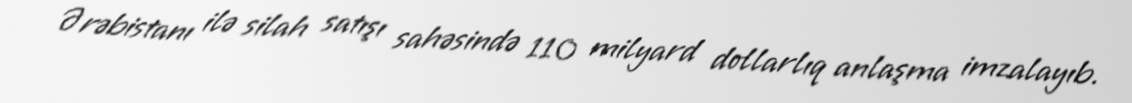
Ərəbistanı ilə silah satışı sahəsində 110 milyard dollarlıq anlaşma imzalayıb.